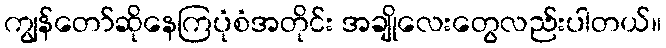
ကျွန်တော်ဆိုနေကြပုံစံအတိုင်း အချိုလေးတွေလည်းပါတယ်။